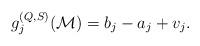
LaTeX: \begin{align*}g_j^{(Q,S)}(\mathcal{M})=b_j-a_j+v_j.\end{align*}